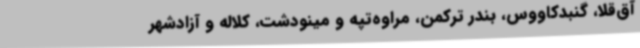
آق‌قلا، گنبدکاووس، بندر ترکمن، مراوه‌تپه و مینودشت، کلاله و آزادشهر